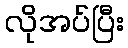
လိုအပ်ပြီး